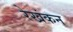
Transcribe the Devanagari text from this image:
रेखंकन